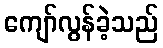
ကျော်လွန်ခဲ့သည်